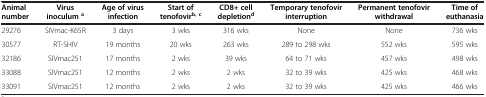
<table><thead><tr><td><b>Animal number</b></td><td><b>Virus inoculum<sup>a</sup></b></td><td><b>Age of virus infection</b></td><td><b>Start of tenofovir<sup>b, c</sup></b></td><td><b>CD8+ cell depletion<sup>d</sup></b></td><td><b>Temporary tenofovir interruption</b></td><td><b>Permanent tenofovir withdrawal</b></td><td><b>Time of euthanasia</b></td></tr></thead><tbody><tr><td>29276</td><td>SIVmac-K65R</td><td>3 days</td><td>3 wks</td><td>316 wks</td><td>None</td><td>None</td><td>736 wks</td></tr><tr><td>30577</td><td>RT-SHIV</td><td>19 months</td><td>20 wks</td><td>263 wks</td><td>289 to 298 wks</td><td>552 wks</td><td>595 wks</td></tr><tr><td>32186</td><td>SIVmac251</td><td>17 months</td><td>2 wks</td><td>39 wks</td><td>64 to 71 wks</td><td>457 wks</td><td>498 wks</td></tr><tr><td>33088</td><td>SIVmac251</td><td>12 months</td><td>2 wks</td><td>2 wks</td><td>32 to 39 wks</td><td>425 wks</td><td>468 wks</td></tr><tr><td>33091</td><td>SIVmac251</td><td>12 months</td><td>2 wks</td><td>2 wks</td><td>32 to 39 wks</td><td>425 wks</td><td>466 wks</td></tr></tbody></table>